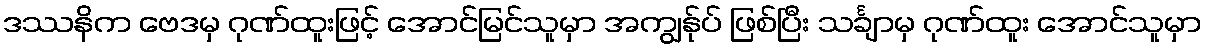
ဒဿနိက ဗေဒမှ ဂုဏ်ထူးဖြင့် အောင်မြင်သူမှာ အကျွန်ုပ် ဖြစ်ပြီး သင်္ချာမှ ဂုဏ်ထူး အောင်သူမှာ